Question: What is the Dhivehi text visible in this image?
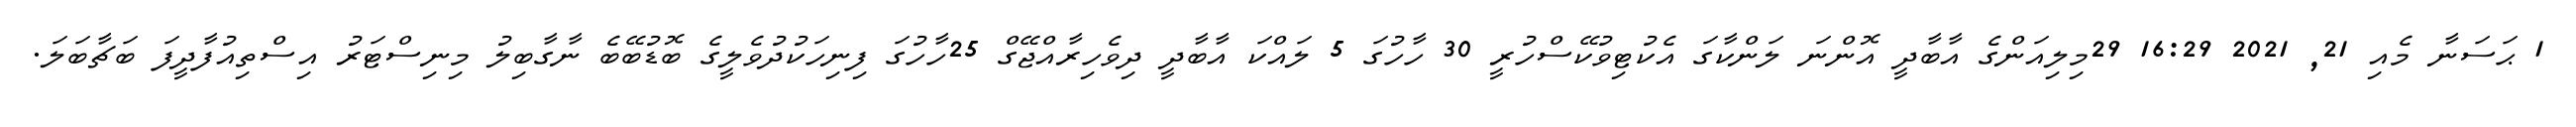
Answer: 1 ޙަސަނާ މެއި 21, 2021 16:29 29މިލިއަންގެ އާބާދީ އޮންނަ ލަންކާގަ އެކުޓިވުކޭސްހުރީ 30 ހާހުގަ 5 ލައްކަ އާބާދީ ދިވެހިރާއްޖޭގް 25ހާހުގަ ފިނިހަކުދުވެލީގެ ބޮޑުބޭބެ ނާގާބިލު މިނިސްޓަރު އިސްތިއުފާދީފަ ބަޗާބަލަ.